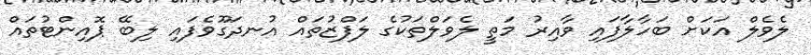
ލެވެލް އަކަށް ބަހާލާފައި ވާއިރު މަތީ ލެވަލްތަކުގެ ލަފްޒުތައް އުނދަގޫވެފައި ލިބޭ ޕޮއިންޓުތައް